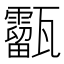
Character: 㽌